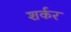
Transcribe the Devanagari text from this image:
शर्कर